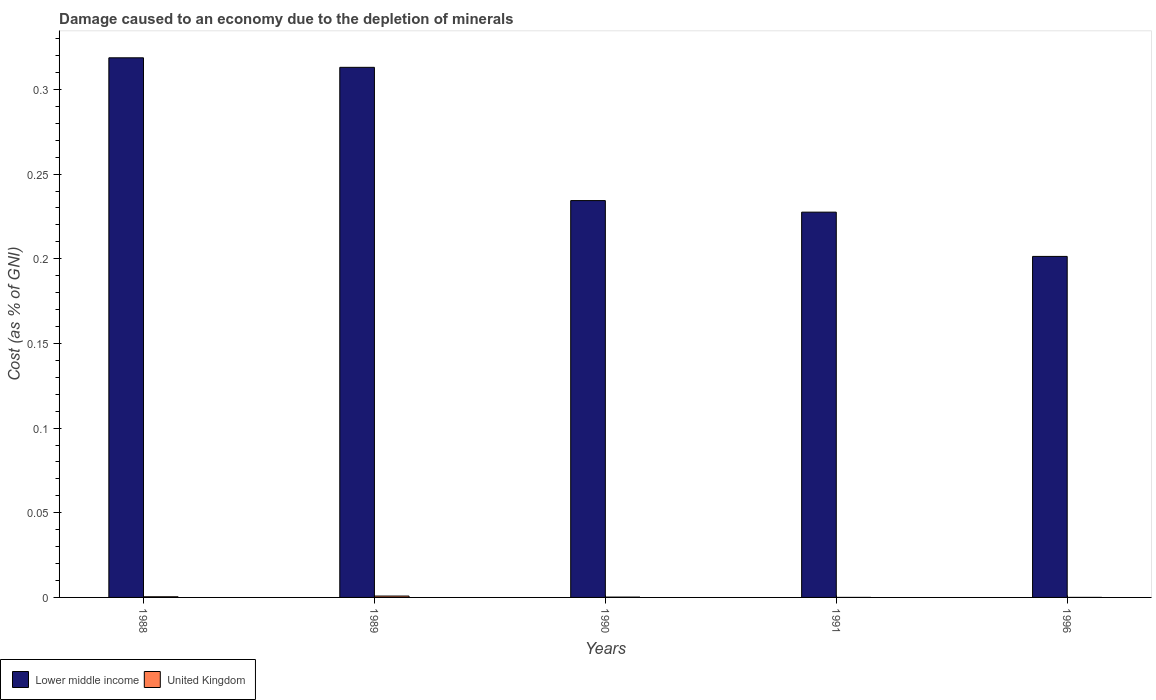
| Years | Lower middle income | United Kingdom |
 | --- | --- | --- |
 | 1988 | 0.319 | 0.000386 |
 | 1989 | 0.313 | 0.000806 |
 | 1990 | 0.234 | 0.000194 |
 | 1991 | 0.228 | 1.03e-05 |
 | 1996 | 0.201 | 1.67e-05 |